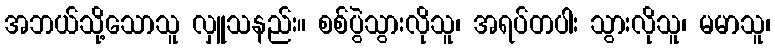
အဘယ်သို့သောသူ လှူသနည်း။ စစ်ပွဲသွားလိုသူ၊ အရပ်တပါး သွားလိုသူ၊ မမာသူ၊